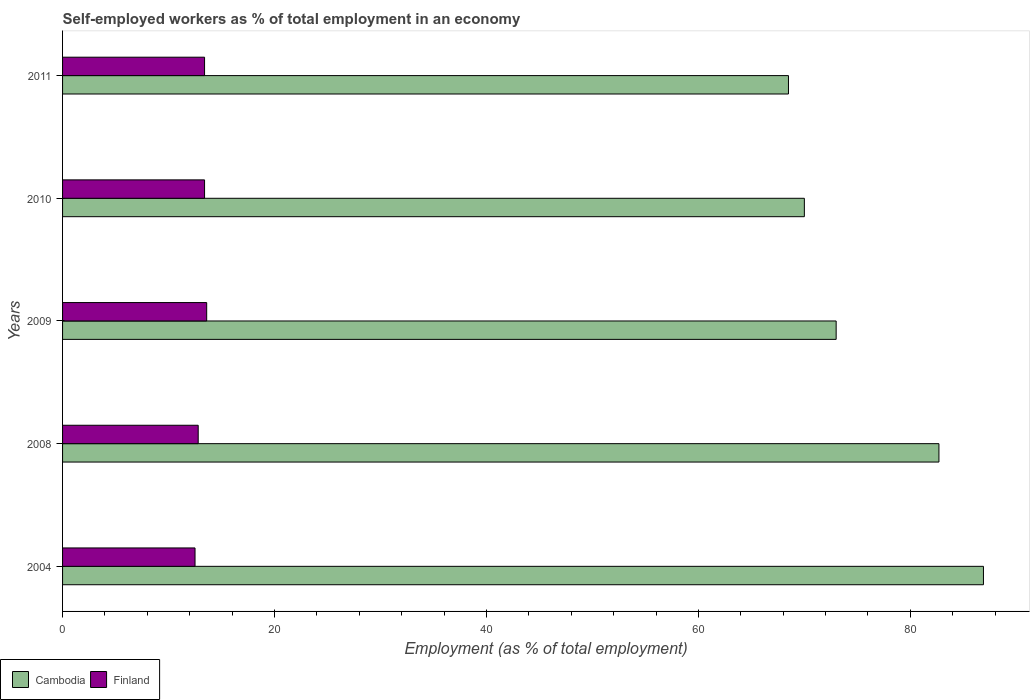
| Years | Cambodia | Finland |
 | --- | --- | --- |
 | 2004 | 86.9 | 12.5 |
 | 2008 | 82.7 | 12.8 |
 | 2009 | 73 | 13.6 |
 | 2010 | 70 | 13.4 |
 | 2011 | 68.5 | 13.4 |